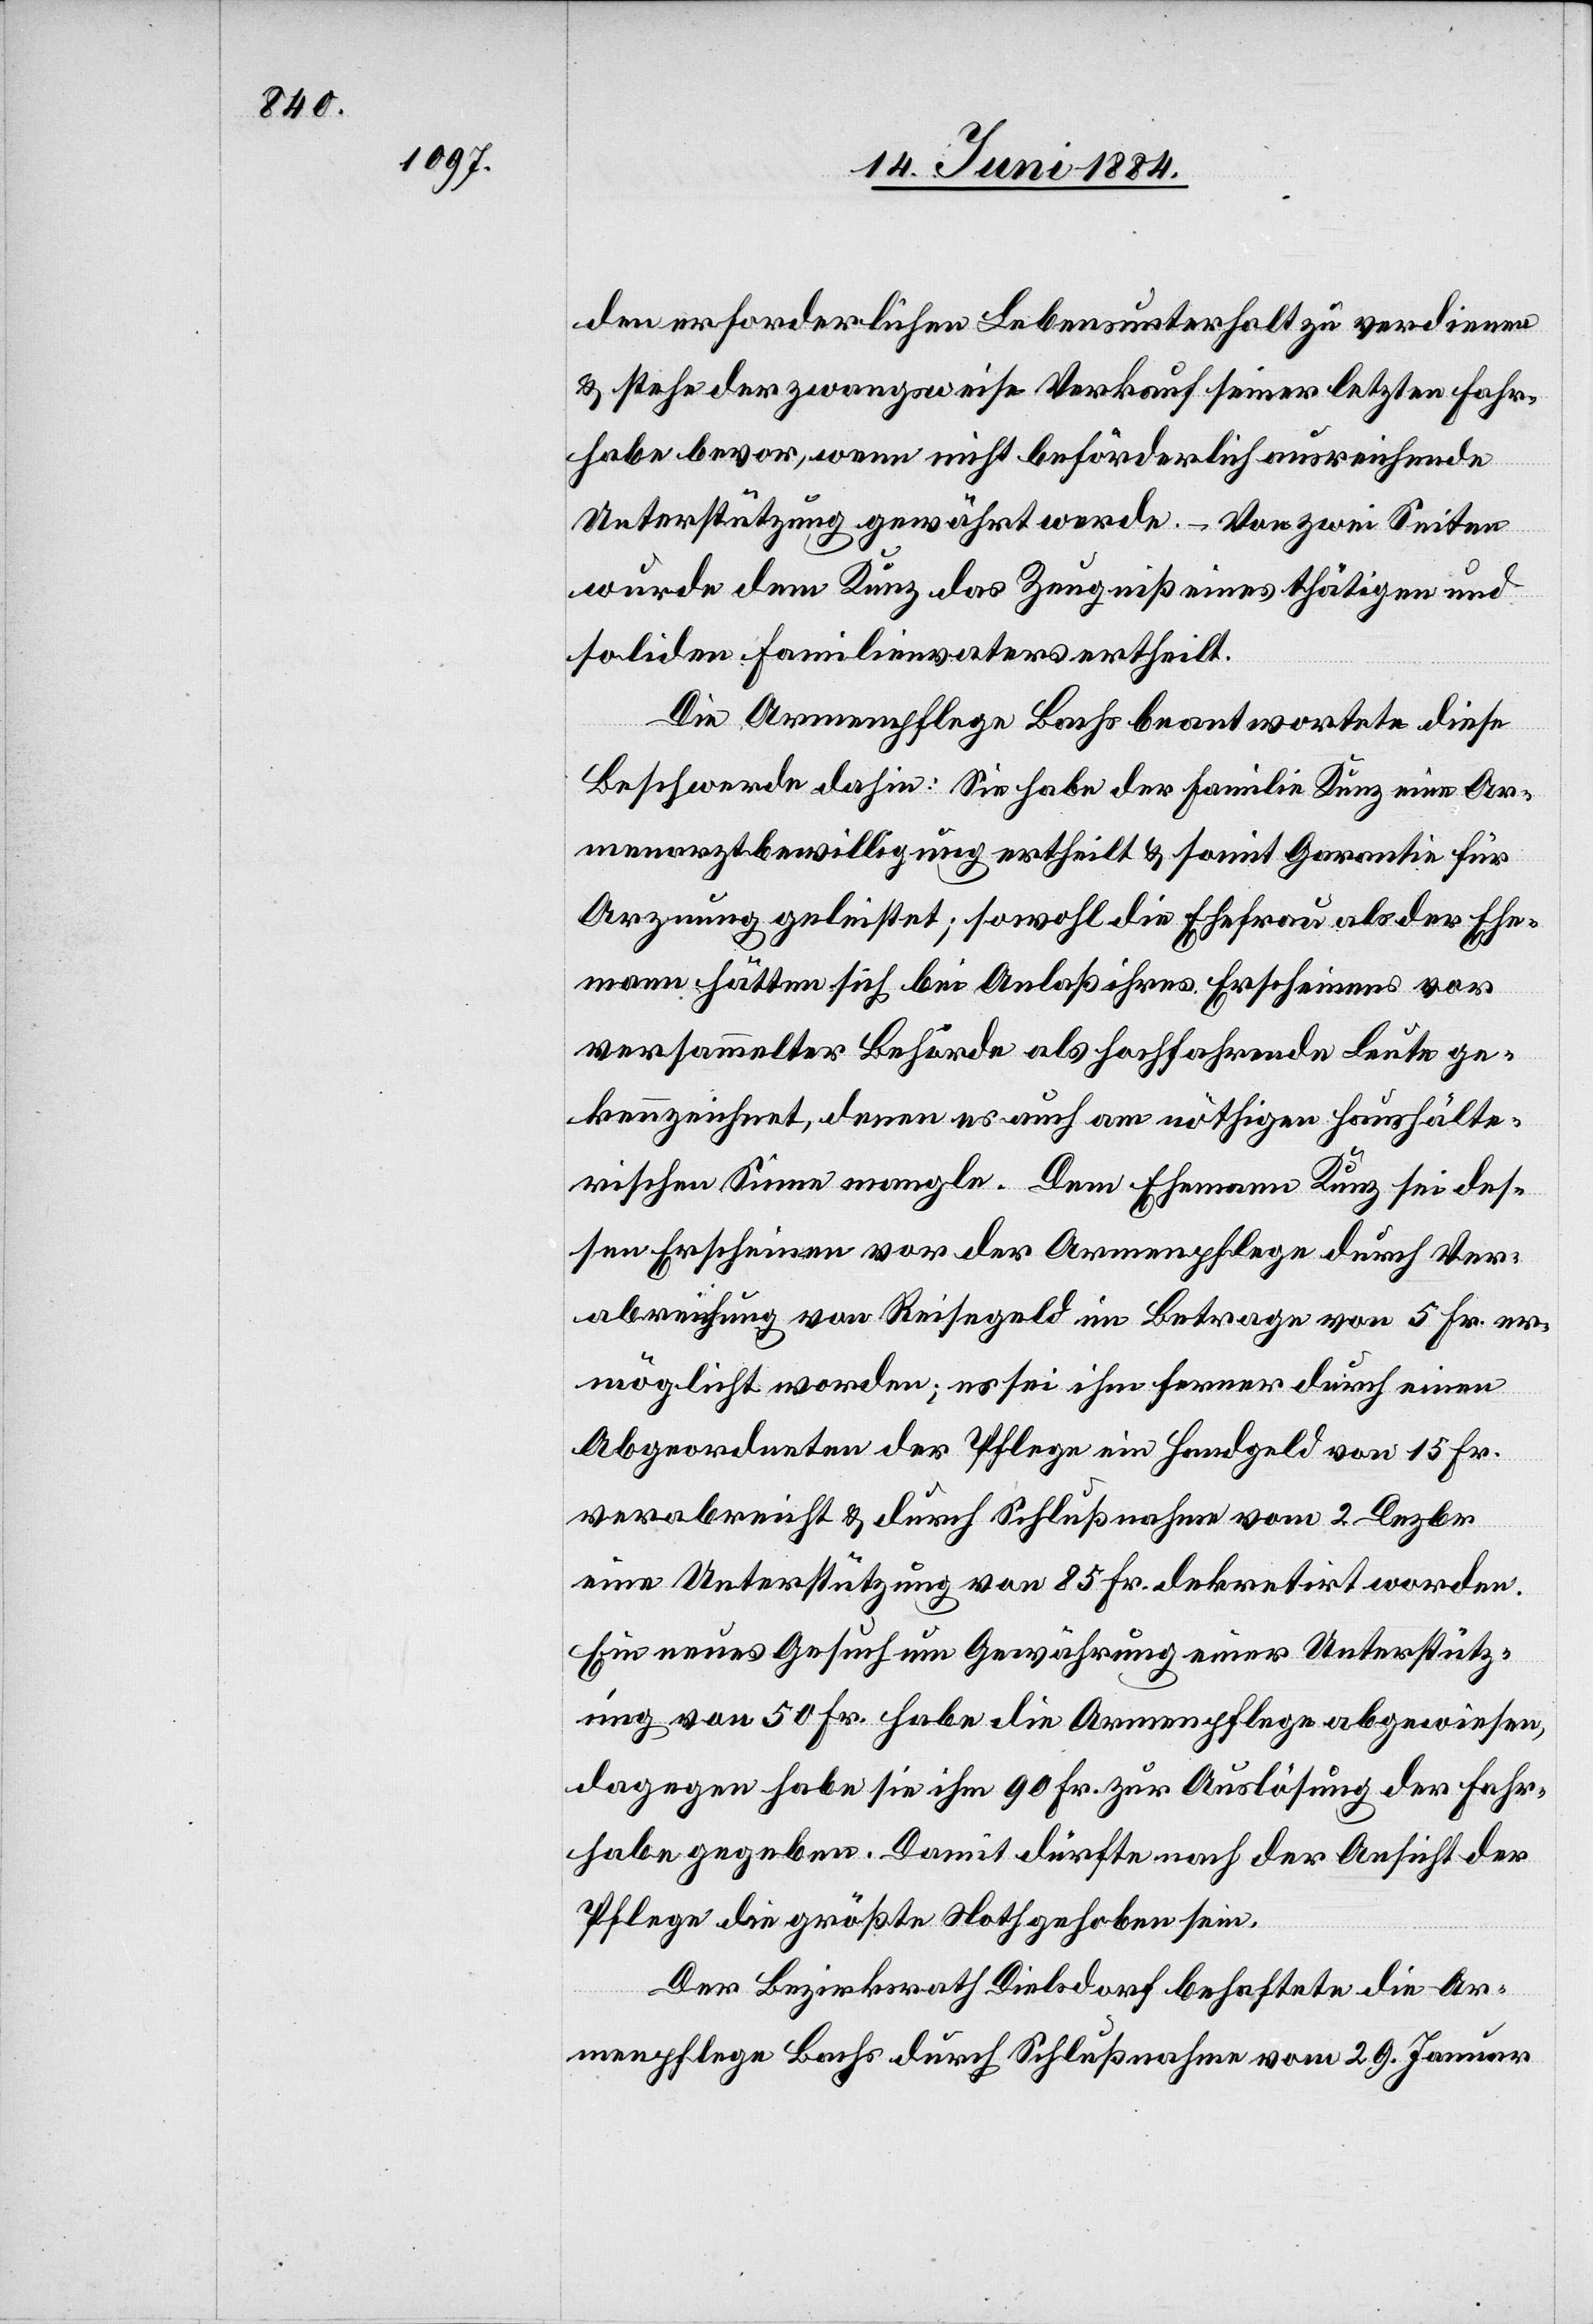
den erforderlichen Lebensunterhalt zu verdienen
& stehe der zwangsweise Verkauf seiner letzten Fahr¬
habe bevor, wenn nicht beförderlich ausreichende
Unterstützung gewährt werde. – Von zwei Seiten
wurde dem Kunz das Zeugniß eines thätigen und
soliden Familienvaters ertheilt.
Die Armenpflege Bachs beantwortete diese
Beschwerde dahin: Sie habe der Familie Kunz eine Ar¬
menarztbewilligung ertheilt & somit Garantie für
Arznung geleistet; sowohl die Ehefrau als der Ehe¬
mann hätten sich bei Anlaß ihres Erscheinens vor
versammelter Behörde als Hochfahrende Leute ge¬
kennzeichnet, denen es auch am nöthigen haushälte¬
rischen Sinne mangle. Dem Ehemann Kunz sei des¬
sen Erscheinen vor der Armenpflege durch Ver¬
abreichung von Reisegeld im Betrage von 5 Fr. er¬
möglicht worden; es sei ihm ferner durch einen
Abgeordneten der Pflege ein Handgeld von 15 Fr.
verabreicht & durch Schlußnahme vom 2. Dezbr.
eine Unterstützung von 85 Fr. dekretirt worden.
Ein neues Gesuch um Gewährung einer Unterstütz¬
ung von 50 Fr. habe die Armenpflege abgewiesen,
dagegen habe sie ihm 90 Fr. zur Auslösung der Fahr¬
habe gegeben. Damit dürfte nach der Ansicht der
Pflege die größte Noth gehoben sein.
Der Bezirksrath Dielsdorf behaftete die Ar¬
menpflege Bachs durch Schlußnahme vom 29. Januar